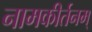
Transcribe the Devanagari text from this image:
नामकीर्तनम्